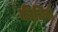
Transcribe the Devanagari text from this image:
कीचिरो